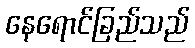
နေရောင်ခြည်သည်